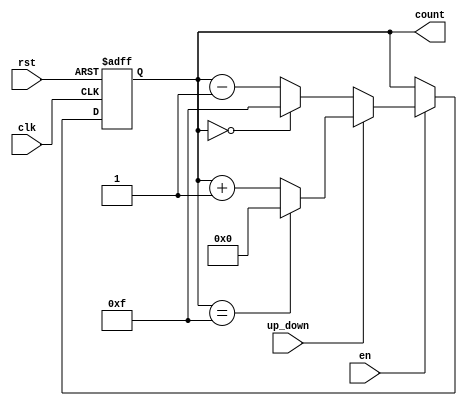
module binary_counter #(
    parameter WIDTH = 4,              // Bit-width of the counter
    parameter MAX_COUNT = (1 << WIDTH) - 1 // Maximum count value
) (
    input wire clk,                   // Clock signal
    input wire rst,                   // Asynchronous reset signal
    input wire en,                    // Enable signal
    input wire up_down,               // Control signal for counting direction; 1 for up, 0 for down
    output reg [WIDTH-1:0] count      // Counter value output
);

    // Asynchronous reset and enable logic
    always @(posedge clk or posedge rst) begin
        if (rst) begin
            count <= 0;                // Reset counter to 0
        end else if (en) begin
            if (up_down) begin          // Counting up
                if (count == MAX_COUNT) begin
                    count <= 0;          // Roll over to 0
                end else begin
                    count <= count + 1; // Increment the counter
                end
            end else begin               // Counting down
                if (count == 0) begin
                    count <= MAX_COUNT;  // Roll over to MAX_COUNT
                end else begin
                    count <= count - 1; // Decrement the counter
                end
            end
        end
    end

endmodule